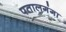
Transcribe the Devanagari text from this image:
पतालगंगा